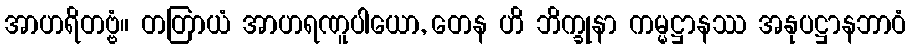
အာဟရိတဗ္ဗံ။ တတြာယံ အာဟရဏူပါယော, တေန ဟိ ဘိက္ခုနာ ကမ္မဋ္ဌာနဿ အနုပဋ္ဌာနဘာဝံ